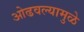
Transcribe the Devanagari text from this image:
ओढवल्यामुळे